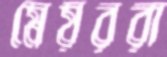
মেয়ররা